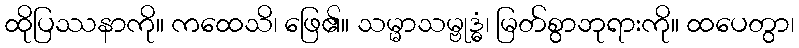
ထိုပြဿနာကို။ ကထေသိ၊ ဖြေ၏။ သမ္မာသမ္ဗုဒ္ဓံ၊ မြတ်စွာဘုရားကို။ ထပေတွာ၊